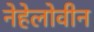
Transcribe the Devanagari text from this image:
नेहेलोवीन